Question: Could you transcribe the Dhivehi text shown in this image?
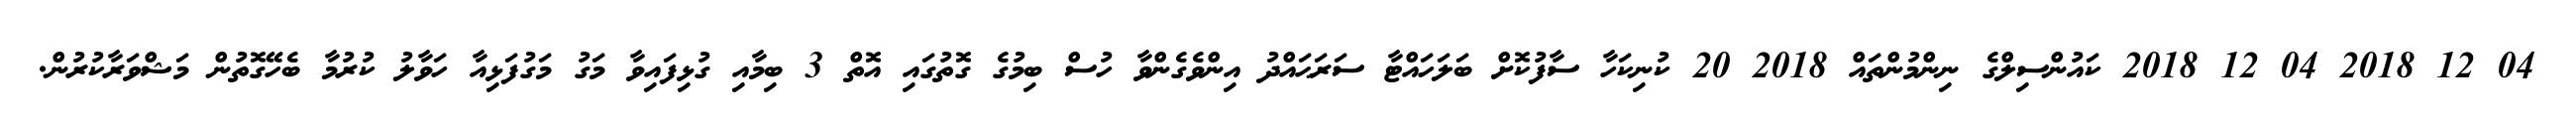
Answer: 04 12 2018 04 12 2018 ކައުންސިލްގެ ނިންމުންތައް 2018 20 ކުނިކަހާ ސާފުކޮށް ބަލަހައްޓާ ސަރަޙައްދު އިންވެގެންވާ ހުސް ބިމުގެ ގޮތުގައި އޮތް 3 ބިމާއި ގުޅިފައިވާ މަގު މަގުފަޅިއާ ހަވާލު ކުރުމާ ބެހޭގޮތުން މަޝްވަރާކުރުން.